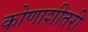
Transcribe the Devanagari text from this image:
कोणाशीतरी